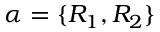
\alpha = \{ R _ { 1 } , R _ { 2 } \}